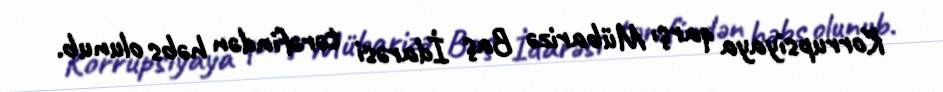
Korrupsiyaya qarşı Mübarizə Baş İdarəsi tərəfindən həbs olunub.